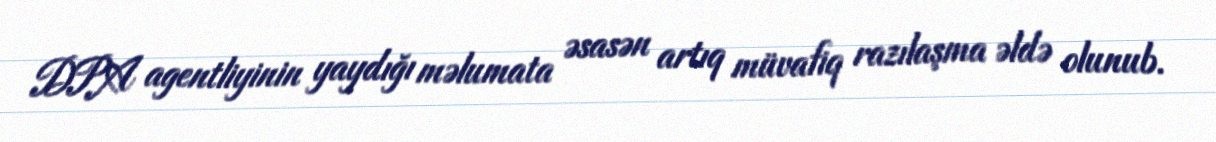
DPA agentliyinin yaydığı məlumata əsasən artıq müvafiq razılaşma əldə olunub.